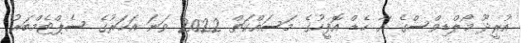
އުރީދޫ މޯލްޑިވްސްގެ އާ ހެޑް އޮފީހުގެ މަސައްކަތް 2022 ވަނަ އަހަރުގެ ސެޕްޓެމްބަރު